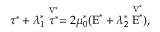
\boldsymbol { \tau } ^ { * } + \lambda _ { 1 } ^ { * } \stackrel { \nabla ^ { * } } { \boldsymbol { \tau } ^ { * } } = 2 \mu _ { 0 } ^ { * } ( \boldsymbol { \mathrm { E } } ^ { * } + \lambda _ { 2 } ^ { * } \stackrel { \nabla ^ { * } } { \boldsymbol { \mathrm { E } } ^ { * } } ) ,